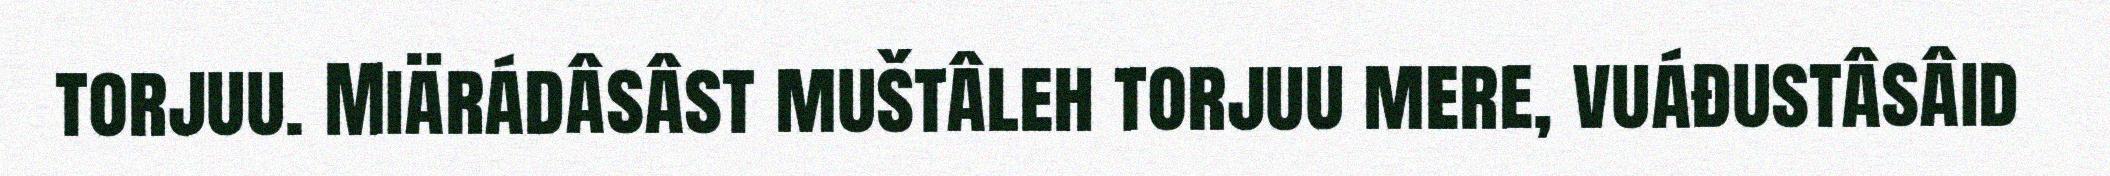
torjuu. Miärádâsâst muštâleh torjuu mere, vuáđustâsâid